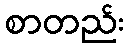
စာတည်း